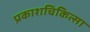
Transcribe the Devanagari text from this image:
प्रकाशचिकित्सा